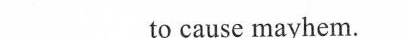
to cause mayhem.